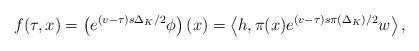
LaTeX: \begin{align*}f(\tau ,x)=\left( e^{(v-\tau )s\Delta _{K}/2}\phi \right) \left( x\right)=\left\langle h,\pi (x)e^{(v-\tau )s\pi \left( \Delta _{K}\right)/2}w\right\rangle , \end{align*}